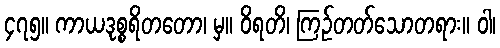
၄၇၅။ ကာယဒုစ္စရိတတော၊ မှ။ ဝိရတိ၊ ကြဉ်တတ်သောတရား။ ဝါ၊